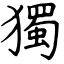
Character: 獨